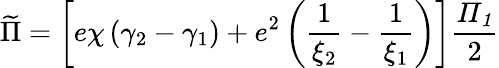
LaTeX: \widetilde{\Pi}=\left[e\chi\left(\gamma_{2}-\gamma_{1}\right)+e^{2}\left(\frac 1{\xi_{2}}-\frac 1{\xi_{1}}\right)\right]\frac{{\mathit\Pi}_{{\mathit 1}}}2